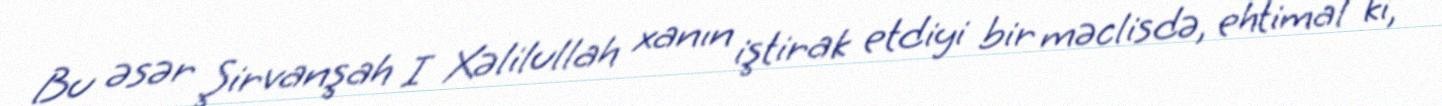
Bu əsər Şirvanşah I Xəlilullah xanın iştirak etdiyi bir məclisdə, ehtimal ki,